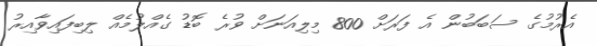
އެރުމުގެ ސަބަބުން އެ ފަރަށް 800 މިލިއަނަށް ވުރެ ބޮޑު ގެއްލުމެއް ލިބިފައިވާއިރު